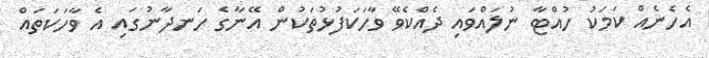
އެހެނެއް ކަމަކު ހުއްޓާ ނުލައްވައި ދެއްކެވޭ ވާހަކަފުޅުތަކުން އޭނާގެ ހަނދާނުގައި އެ ވާހަކަތައް